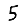
Digit: 5